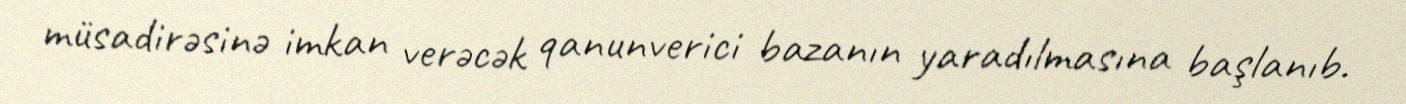
müsadirəsinə imkan verəcək qanunverici bazanın yaradılmasına başlanıb.